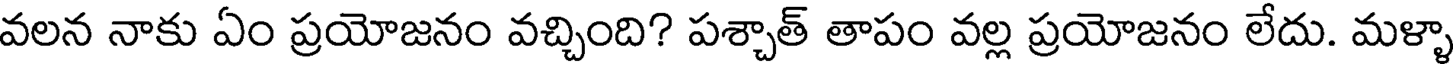
వలన నాకు ఏం ప్రయోజనం వచ్చింది? పశ్చాత్ తాపం వల్ల ప్రయోజనం లేదు. మళ్ళా